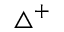
\triangle ^ { + }